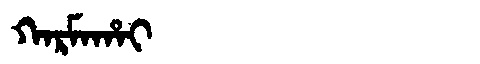
Manchu: ᡴᠠᡵᠮᠠᡥᠠᡳ
Romanization: KARMAHAI